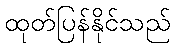
ထုတ်ပြန်နိုင်သည်